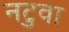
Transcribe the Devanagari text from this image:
नटुवा